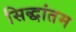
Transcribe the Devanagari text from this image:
सिद्धांतम